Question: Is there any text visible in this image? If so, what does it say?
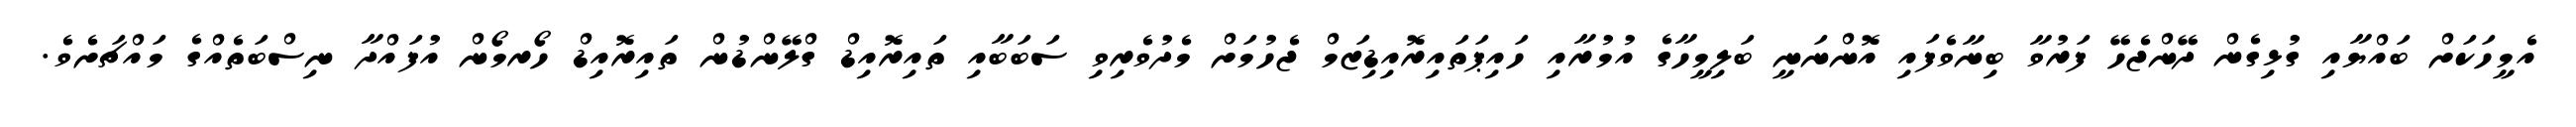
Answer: އެމީހަކަށް ބައްޔާއި ގުޅިގެން ދޭންޖެހޭ ފަރުވާ ބިނާވެފައި އޮންނަނީ ބަލިމީހާގެ އުމުރާއި ހައިޕަތައިރޮއިޑިޒަމް ޖެހުމަށް މެދުވެރިވި ސަބަބާއި ތައިރޮއިޑް ގްލޭންޑުން ތައިރޮއިޑް ހޯރމޯން އުފައްދާ ނިސްބަތެއްގެ މައްޗަށެވެ.